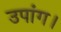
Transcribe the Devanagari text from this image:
उपांग।